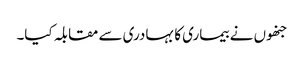
جنھوں نے بیماری کا بہادری سے مقابلہ کیا۔